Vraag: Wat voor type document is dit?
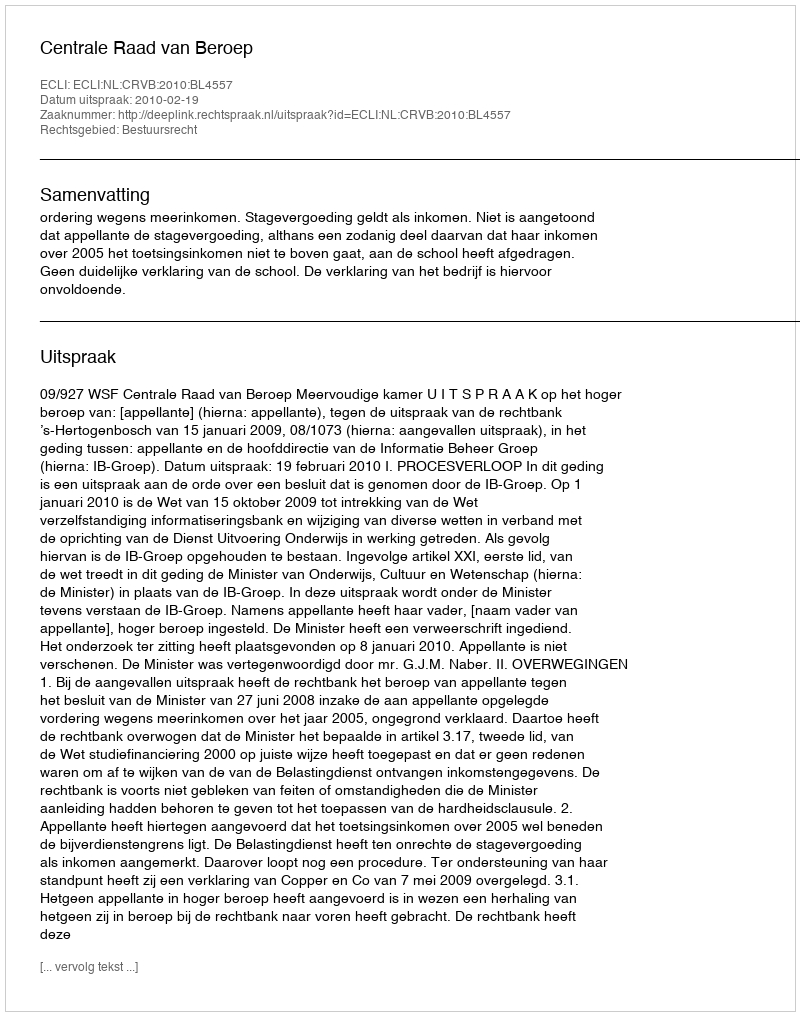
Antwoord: Uitspraak